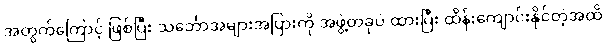
အတွက်ကြောင့် ဖြစ်ပြီး သင်္ဘောအများအပြားကို အဖွဲ့တခုပဲ ထားပြီး ထိန်းကျောင်းနိုင်တဲ့အထိ